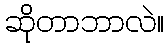
ဆိုတာဘာလဲ။